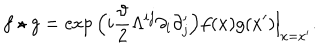
f \star g = \exp \Big ( i \frac { \vartheta } { 2 } \Lambda ^ { i j } \partial _ { i } \partial _ { j } ^ { \prime } \Big ) f ( x ) g ( x ^ { \prime } ) \Big \vert _ { x = x ^ { \prime } } .